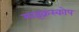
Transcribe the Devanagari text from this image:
माइक्रस्कोप